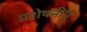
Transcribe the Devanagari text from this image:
प्रशेषनीय